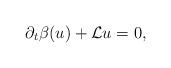
LaTeX: \begin{align*} \begin{aligned} \partial_t \beta(u)+\mathcal{L}u=0, \end{aligned}\end{align*}